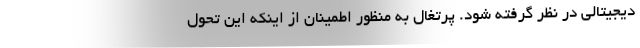
دیجیتالی در نظر گرفته شود. پرتغال به منظور اطمینان از اینکه این تحول